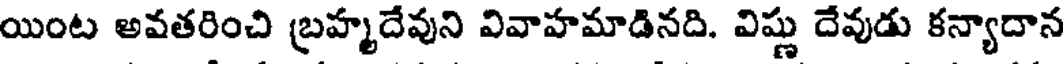
యింట అవతరించి బ్రహ్మదేవుని వివాహమాడినది. విష్ణు దేవుడు కన్యాదాన